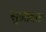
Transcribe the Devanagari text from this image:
सुश्रावक